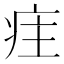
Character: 疰